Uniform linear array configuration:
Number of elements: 12
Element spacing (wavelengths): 0.25
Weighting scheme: hamming
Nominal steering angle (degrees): -45
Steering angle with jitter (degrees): -45.091
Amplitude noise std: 0.05
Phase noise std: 0.05

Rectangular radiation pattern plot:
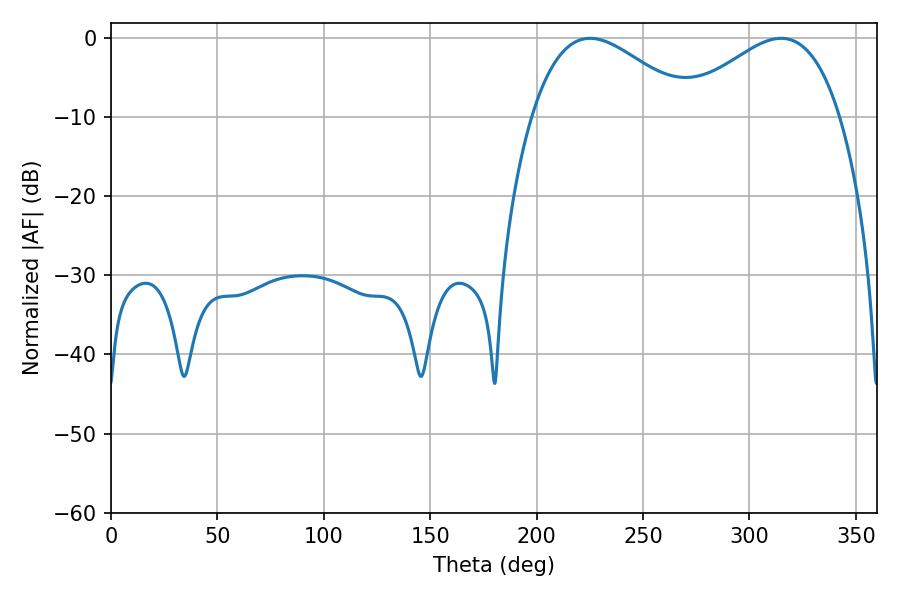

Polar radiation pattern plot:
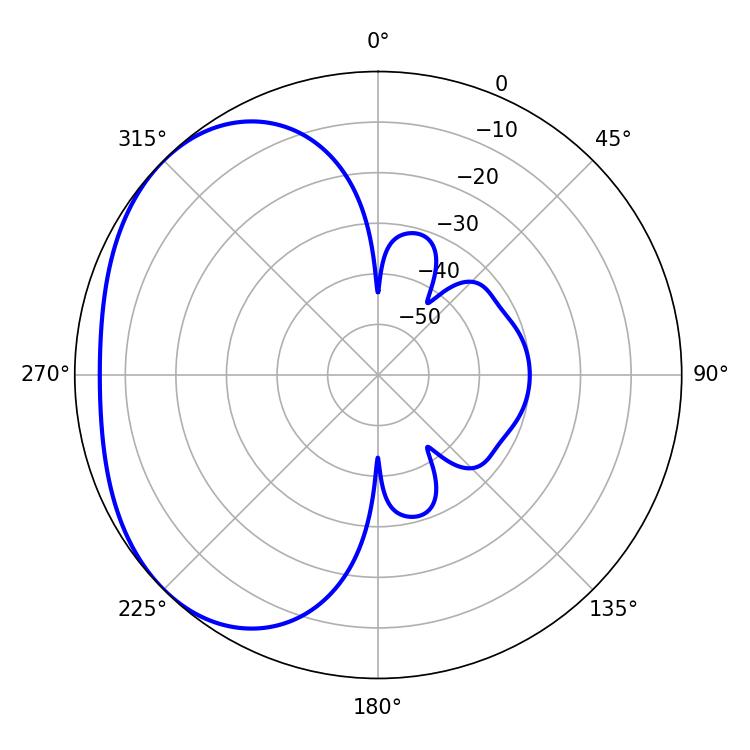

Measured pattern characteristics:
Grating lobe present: FALSE
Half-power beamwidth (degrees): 40.68
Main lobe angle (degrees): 225.18